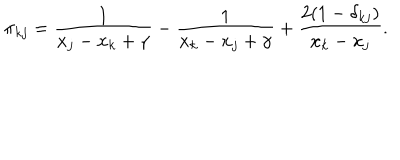
\pi _ { k j } = \frac { 1 } { x _ { j } - x _ { k } + \gamma } - \frac { 1 } { x _ { k } - x _ { j } + \gamma } + \frac { 2 ( 1 - \delta _ { k j } ) } { x _ { k } - x _ { j } } .